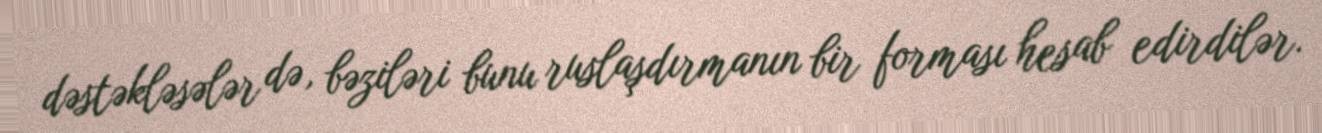
dəstəkləsələr də, bəziləri bunu ruslaşdırmanın bir forması hesab edirdilər.